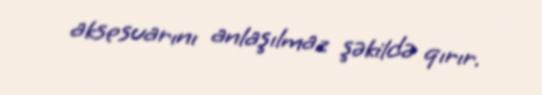
aksesuarını anlaşılmaz şəkildə qırır.